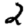
Digit: 2